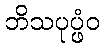
ဘိသပုပ္ဖံဝ